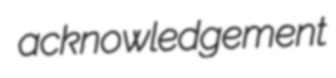
acknowledgement